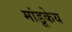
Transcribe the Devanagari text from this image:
मांडूकेय